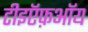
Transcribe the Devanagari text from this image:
टीइऍफ़ऑय